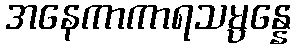
အနေကာကာရသမ္ပန္နေ